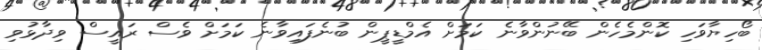
ބޯހިޔާވަހި ކޮންމެހެން ބޭނުންވާނެ ކަމަށް އެމްޑީޕީން ބުނެފައިވާނެ ކަމަށް ވެސް ރައީސް ވިދާޅުވި